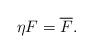
LaTeX: \begin{align*} \eta F = \overline{F}. \end{align*}